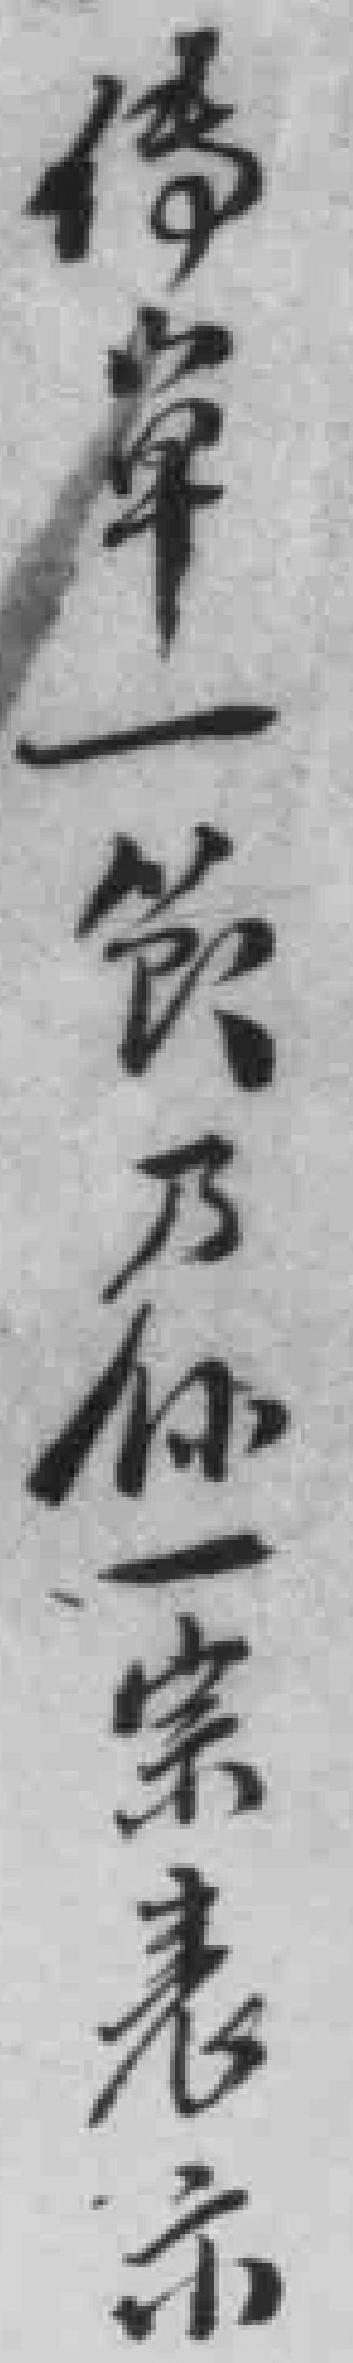
传單一節乃係一宗表示